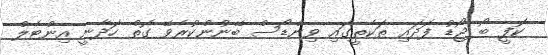
ކޮފީ ބޯ ޖޯޑު ފަދައި ތަކެތީގައި ވިންޑޯސް ބޭނުންކުރެވޭ ގޮތް ހަދާނީ އިންޓެލް